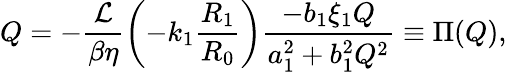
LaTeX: Q=-\frac{\mathcal{L}}{\beta\eta}\left(-k_{1}\frac{R_{1}}{R_{0}}\right)\frac{-b_{1}\xi_{1}Q}{a_{1}^{2}+b_{1}^{2}Q^{2}}\equiv\Pi(Q),